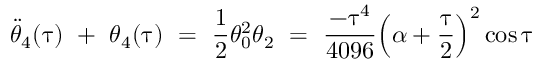
\Ddot { \theta } _ { 4 } ( \uptau ) \ + \ \theta _ { 4 } ( \uptau ) \ = \ \frac { 1 } { 2 } \theta _ { 0 } ^ { 2 } \theta _ { 2 } \ = \ \frac { - \uptau ^ { 4 } } { 4 0 9 6 } \Big ( \alpha + \frac { \uptau } { 2 } \Big ) ^ { 2 } \cos \uptau